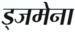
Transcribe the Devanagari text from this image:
ड्जमेना